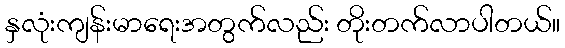
နှလုံးကျန်းမာရေးအတွက်လည်း တိုးတက်လာပါတယ်။